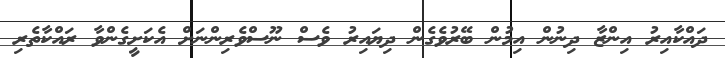
ދައްކާއިރު އިންޒާ ދިނުން އިމުން ބޭރުވެގެން ދިޔައިރު ވެސް ނޫސްވެރިންނަށް އެކަށީގެންވާ ރައްކާތެރި